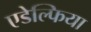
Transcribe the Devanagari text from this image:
एडेल्फिया